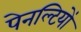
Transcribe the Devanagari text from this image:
पेनल्टियों